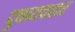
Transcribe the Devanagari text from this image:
दुषव्यवहार